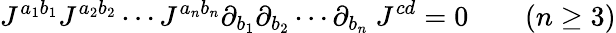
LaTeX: J^{a_{1}b_{1}}J^{a_{2}b_{2}}\cdots J^{a_{n}b_{n}}\partial_{b_{1}}\partial_{b_{2}}\cdots\partial_{b_{n}}\ J^{cd}=0\qquad(n\geq 3)